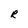
Character: R